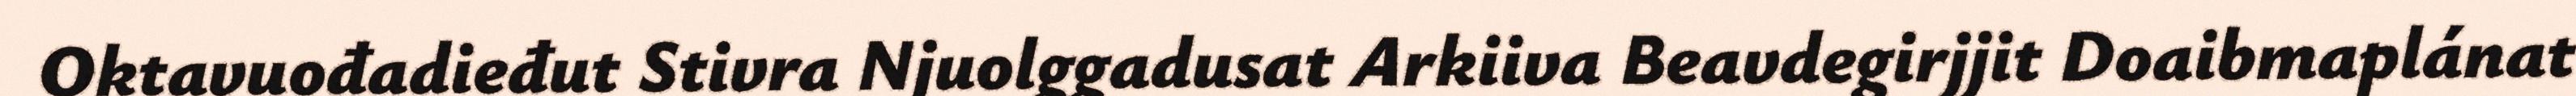
Oktavuođadieđut Stivra Njuolggadusat Arkiiva Beavdegirjjit Doaibmaplánat